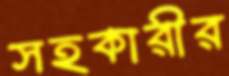
সহকারীর